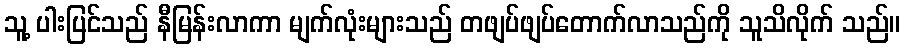
သူ့ ပါးပြင်သည် နီမြန်းလာကာ မျက်လုံးများသည် တဖျပ်ဖျပ်တောက်လာသည်ကို သူသိလိုက် သည်။